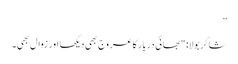
”
شاکر بولا: "بھائی دربار کا عروج بھی دیکھا اور زوال بھی۔